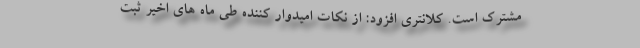
مشترک است. کلانتری افزود: از نکات امیدوار کننده طی ماه های اخیر ثبت